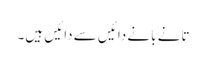
تانے بانے دائیں سے دائیں ہیں۔